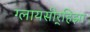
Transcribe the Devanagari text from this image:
ग्लायसीर्‍हिझा